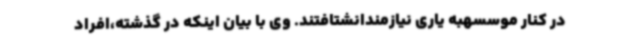
در کنار موسسهبه یاری نیازمندانشتافتند. وی با بیان اینکه در گذشته،افراد